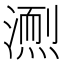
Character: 𪷌